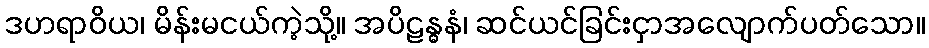
ဒဟရာဝိယ၊ မိန်းမငယ်ကဲ့သို့။ အပိဠန္ဓနံ၊ ဆင်ယင်ခြင်းငှာအလျောက်ပတ်သော။